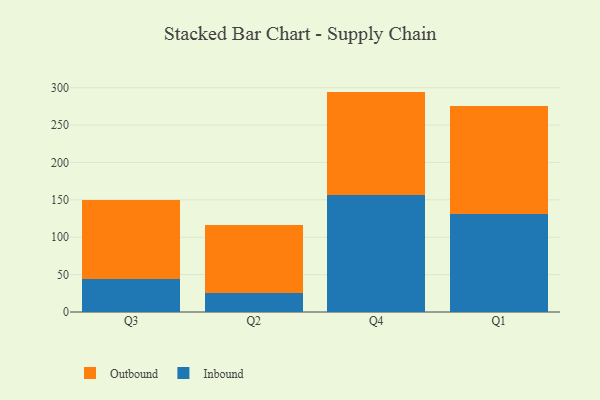
{"axis": {"x": "Quarter", "y": "Backlog"}, "legend": ["Inbound", "Outbound"], "data": [{"x": "Q3", "y": 43.8, "type": "Inbound"}, {"x": "Q3", "y": 105.6, "type": "Outbound"}, {"x": "Q2", "y": 25.2, "type": "Inbound"}, {"x": "Q2", "y": 91.8, "type": "Outbound"}, {"x": "Q4", "y": 156.6, "type": "Inbound"}, {"x": "Q4", "y": 138.2, "type": "Outbound"}, {"x": "Q1", "y": 131.0, "type": "Inbound"}, {"x": "Q1", "y": 144.1, "type": "Outbound"}]}